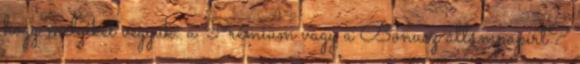
hogy melyiket vegyük: a Prémium vagy a Bónusz állampapírt?